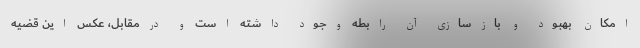
امکان بهبود و بازسازی آن رابطه وجود داشته است و درمقابل، عکس این قضیه